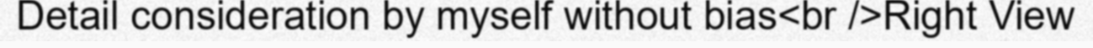
Detail consideration by myself without bias<br />Right View